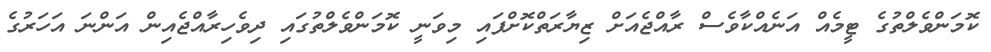
ކޮމަންވެލްތުގެ ޓީމެއް އަނެއްކާވެސް ރާއްޖެއަށް ޒިޔާރަތްކޮށްފައި މިވަނީ ކޮމަންވެލްތުގައި ދިވެހިރާއްޖެއިން އަންނަ އަހަރުގެ